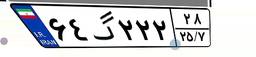
۶۴گ۲۲۲۲۸